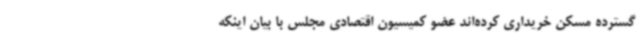
گسترده مسکن خریداری کرده‌اند عضو کمیسیون اقتصادی مجلس با بیان اینکه